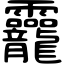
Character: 龗